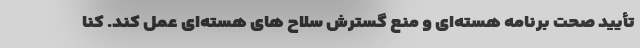
تأیید صحت برنامه هسته‌ای و منع گسترش سلاح های هسته‌ای عمل کند. کُنا